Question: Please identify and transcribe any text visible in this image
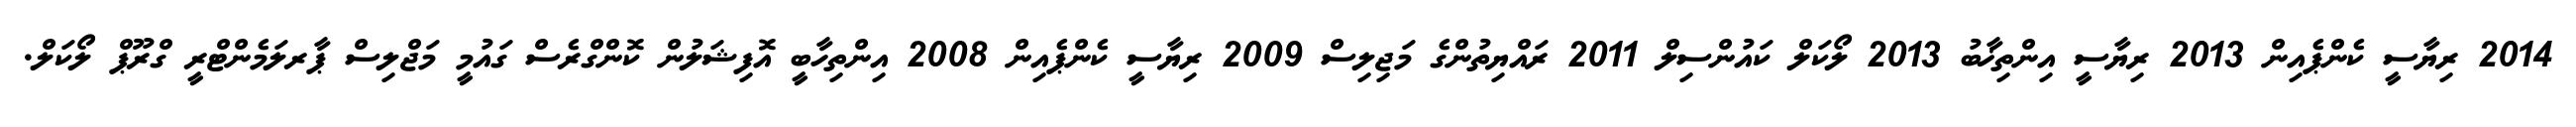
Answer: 2014 ރިޔާސީ ކެންޕެއިން 2013 ރިޔާސީ އިންތިޚާބު 2013 ލޯކަލް ކައުންސިލް 2011 ރައްޔިތުންގެ މަޖިލިސް 2009 ރިޔާސީ ކެންޕެއިން 2008 އިންތިހާބީ އޮފިޝަލުން ކޮންގްރެސް ގައުމީ މަޖްލިސް ޕާރލަމެންޓްރީ ގްރޫޕް ލޯކަލް.